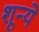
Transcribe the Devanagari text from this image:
शून्ये